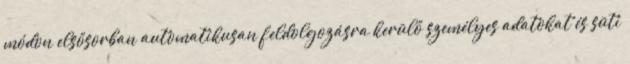
módon elsősorban automatikusan feldolgozásra kerülő személyes adatokat és süti